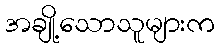
အချို့သောသူများက